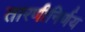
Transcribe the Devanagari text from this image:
तारणीनिर्णय